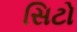
સિટો